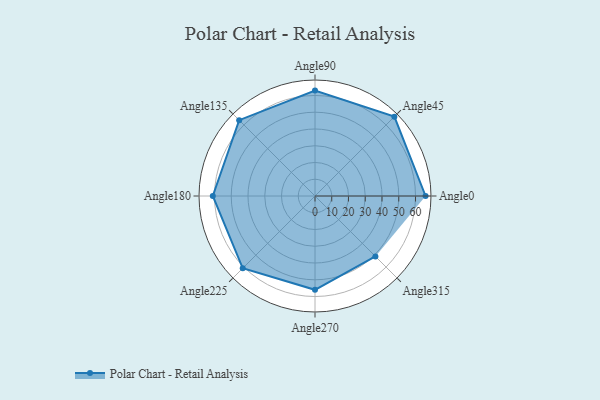
{"axis": {"x": "Angle", "y": "Radius"}, "legend": [""], "data": [{"x": "Angle0", "y": 66.0, "type": ""}, {"x": "Angle45", "y": 67.0, "type": ""}, {"x": "Angle90", "y": 63.0, "type": ""}, {"x": "Angle135", "y": 64.0, "type": ""}, {"x": "Angle180", "y": 61.0, "type": ""}, {"x": "Angle225", "y": 61.0, "type": ""}, {"x": "Angle270", "y": 56.0, "type": ""}, {"x": "Angle315", "y": 51.0, "type": ""}]}